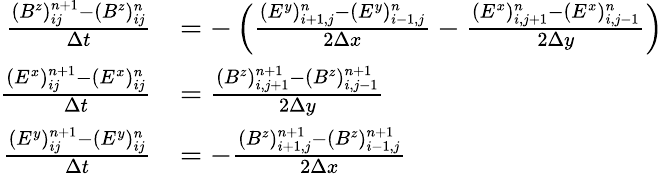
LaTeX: \begin{array}{rl}{\frac{(B^{z})_{ij}^{n+1}-(B^{z})_{ij}^{n}}{\Delta t}}&{=-\left(\frac{(E^{y})_{i+1,j}^{n}-(E^{y})_{i-1,j}^{n}}{2\Delta x}-\frac{(E^{x})_{i,j+1}^{n}-(E^{x})_{i,j-1}^{n}}{2\Delta y}\right)}\\ {\frac{(E^{x})_{ij}^{n+1}-(E^{x})_{ij}^{n}}{\Delta t}}&{=\frac{(B^{z})_{i,j+1}^{n+1}-(B^{z})_{i,j-1}^{n+1}}{2\Delta y}}\\ {\frac{(E^{y})_{ij}^{n+1}-(E^{y})_{ij}^{n}}{\Delta t}}&{=-\frac{(B^{z})_{i+1,j}^{n+1}-(B^{z})_{i-1,j}^{n+1}}{2\Delta x}}\end{array}